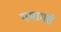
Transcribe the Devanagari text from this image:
यमामसे